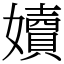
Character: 嬻